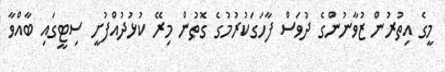
މީގެ އިތުރުން ޒުވާނުންގެ ދުވަސް ފާހަގަކުރުމުގެ ގޮތުން މިރޭ ކުޅުދުއްފުށީ ސިޓީގައި ބާއްވާ